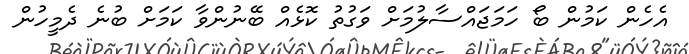
އެހެން ކަމުން ބޯ ހަމަޖައްސާލުމަށް ވަގުތު ކޮޅެއް ބޭނުންވާ ކަމަށް ބުނެ ދެމީހުން